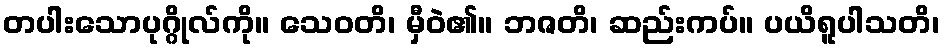
တပါးသောပုဂ္ဂိုလ်ကို။ သေဝတိ၊ မှီဝဲ၏။ ဘဇတိ၊ ဆည်းကပ်။ ပယိရူပါသတိ၊